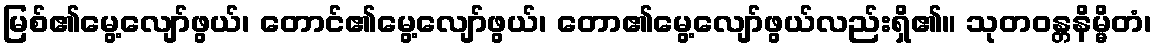
မြစ်၏မွေ့လျော်ဖွယ်၊ တောင်၏မွေ့လျော်ဖွယ်၊ တော၏မွေ့လျော်ဖွယ်လည်းရှိ၏။ သုတဝန္တနိမ္မိတံ၊